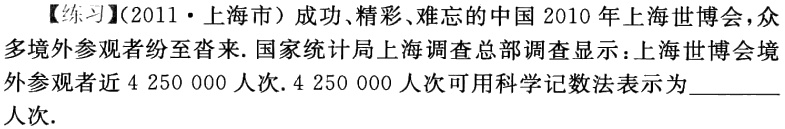
【练习】(2011·上海市) 成功、精彩、难忘的中国 2010 年上海世博会，众多境外参观者纷至沓来. 国家统计局上海调查总部调查显示：上海世博会境外参观者近$4 250 000$人次.$4 250 000$人次可用科学记数法表示为________人次.